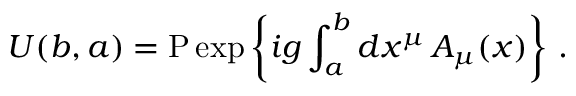
U ( b , a ) = \mathrm { P } \exp \left\{ i g \int _ { a } ^ { b } d x ^ { \mu } \, A _ { \mu } ( x ) \right\} \, .